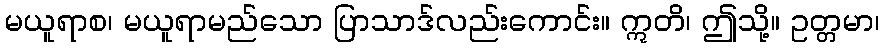
မယူရာစ၊ မယူရာမည်သော ပြာသာဒ်လည်းကောင်း။ ဣတိ၊ ဤသို့။ ဥတ္တမာ၊